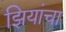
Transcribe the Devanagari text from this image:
झियांचा